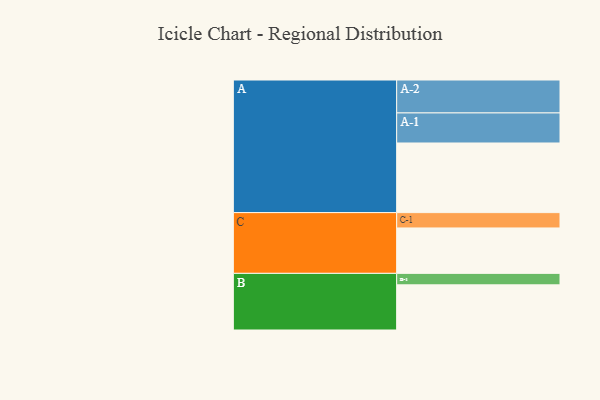
{"axis": {"x": "Segment", "y": "Value"}, "legend": ["", "A", "B", "C"], "data": [{"x": "A", "y": 558, "type": ""}, {"x": "B", "y": 362, "type": ""}, {"x": "C", "y": 364, "type": ""}, {"x": "A-1", "y": 241, "type": "A"}, {"x": "A-2", "y": 264, "type": "A"}, {"x": "B-1", "y": 92, "type": "B"}, {"x": "C-1", "y": 123, "type": "C"}]}